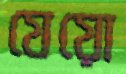
যেয়ো